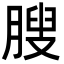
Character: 膄